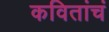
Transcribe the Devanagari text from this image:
कवितांचं